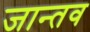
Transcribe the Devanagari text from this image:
जान्तव